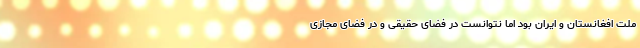
ملت افغانستان و ایران بود اما نتوانست در فضای حقیقی و در فضای مجازی